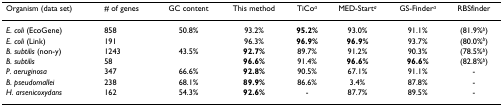
<table><thead><tr><td><b>Organism (data set)</b></td><td><b># of genes</b></td><td><b>GC content</b></td><td><b>This method</b></td><td><b>TiCo<sup><i>a</i></sup></b></td><td><b>MED-Start<sup><i>a</i></sup></b></td><td><b>GS-Finder<sup><i>a</i></sup></b></td><td><b>RBSfinder</b></td></tr></thead><tbody><tr><td><i>E. coli </i>(EcoGene)</td><td>858</td><td>50.8%</td><td>93.2%</td><td><b>95.2%</b></td><td>93.0%</td><td>91.1%</td><td>(81.9%<sup><i>b</i></sup>)</td></tr><tr><td><i>E. coli </i>(Link)</td><td>191</td><td></td><td>96.3%</td><td><b>96.9%</b></td><td><b>96.9%</b></td><td>93.7%</td><td>(80.0%<sup><i>b</i></sup>)</td></tr><tr><td><i>B. subtilis </i>(non-y)</td><td>1243</td><td>43.5%</td><td><b>92.7%</b></td><td>89.7%</td><td>91.2%</td><td>90.3%</td><td>(78.5%<sup><i>b</i></sup>)</td></tr><tr><td><i>B. subtilis</i></td><td>58</td><td></td><td><b>96.6%</b></td><td>91.4%</td><td><b>96.6%</b></td><td><b>96.6%</b></td><td>(82.8%<sup><i>b</i></sup>)</td></tr><tr><td><i>P. aeruginosa</i></td><td>347</td><td>66.6%</td><td><b>92.8%</b></td><td>90.5%</td><td>67.1%</td><td>91.1%</td><td>-</td></tr><tr><td><i>B. pseudomallei</i></td><td>238</td><td>68.1%</td><td><b>89.9%</b></td><td>86.6%</td><td>3.4%</td><td>87.8%</td><td>-</td></tr><tr><td><i>H. arsenicoxydans</i></td><td>162</td><td>54.3%</td><td><b>92.6%</b></td><td>-</td><td>87.7%</td><td>89.5%</td><td>-</td></tr></tbody></table>